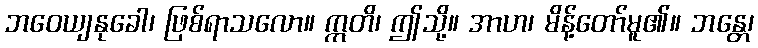
ဘဝေယျနုခေါ၊ ဖြစ်ရာသလော။ ဣတိ၊ ဤသို့။ အာဟ၊ မိန့်တော်မူ၏။ ဘန္တေ၊